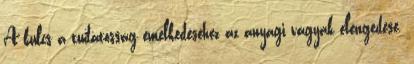
A kulcs a tudatosság emelkedéséhez az anyagi vágyak elengedése.